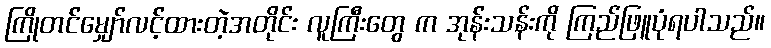
ကြိုတင်မျှော်လင့်ထားတဲ့အတိုင်း လူကြီးတွေ က အုန်းသန်းကို ကြည်ဖြူပုံရပါသည်။